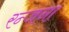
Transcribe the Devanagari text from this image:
रन्जना